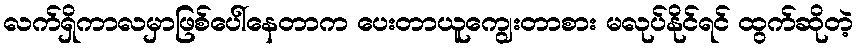
လက်ရှိကာလမှာဖြစ်ပေါ်နေတာက ပေးတာယူကျွေးတာစား မလုပ်နိုင်ရင် ထွက်ဆိုတဲ့